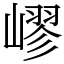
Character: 嵺